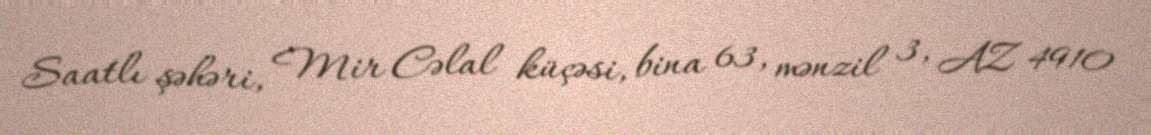
Saatlı şəhəri, Mir Cəlal küçəsi, bina 63, mənzil 3, AZ 4910